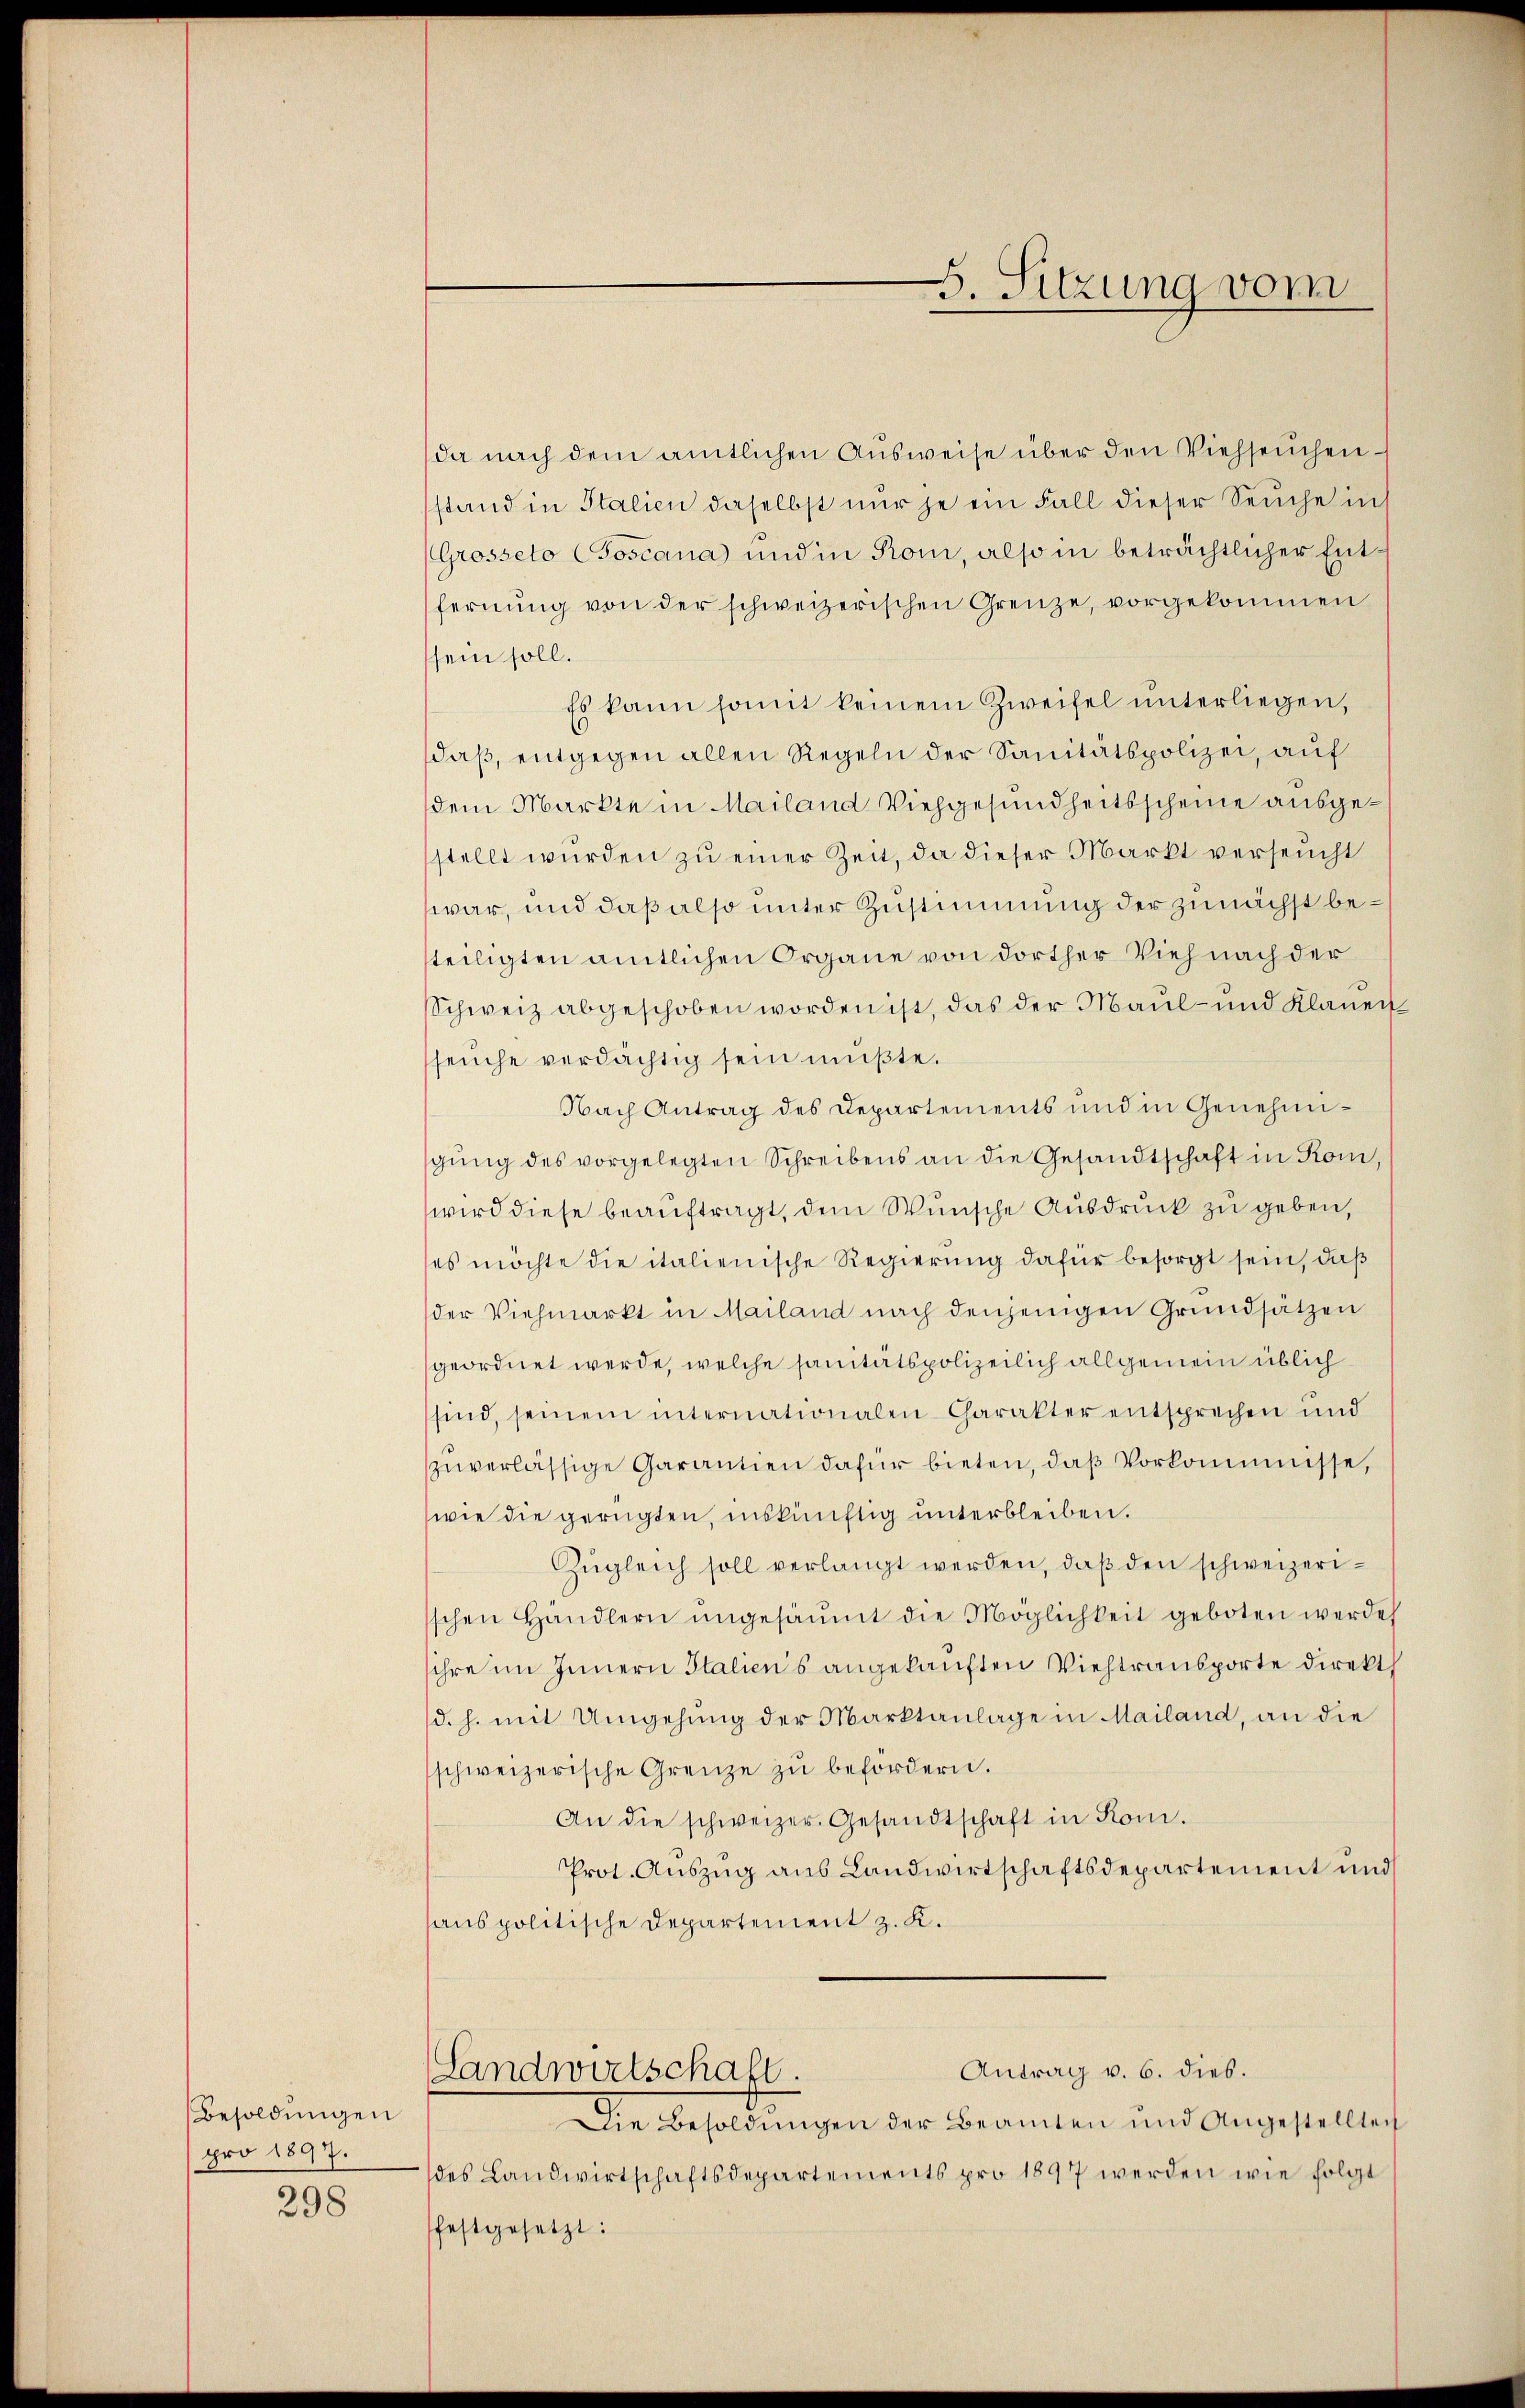
Besoldungen
pro 1897.
298

Landwirtschaft.

G. Sitzung vom

da nach dem amtlichen Ausweise über den Viehseuchen
stand in Italien daselbst nur je ein Fall dieser Seuche int
(Grosseto Csoscana und in Rom, also in beträchtlicher Entfernŭng von der schweizerischen Grenze, vorgekommen
sein soll.
Es kann somit keinem Zweifel unterliegen,
daß, entgegen allen Regeln der Sanitätspolizei, auf
dem Markte in Mailand Viehgesundheitsscheine ausgestellt wurden zu einer Zeit, da dieser Markt verseucht
war, und daß also unter Zustimmung der zunächst beteiligten amtlichen Organe von dorther Vieh nach der
Schweiz abgeschoben worden ist, das der Maul- und Klauen
seuche verdächtig sein müßte.
Nach Antrag des Departements und in Genehmigŭng des vorgelegten Schreibens an die Gesandtschaft in Rom,
wird diese beauftragt, dem Wunsche Ausdruck zu geben,
es möchte die italienische Regierung dafür besorgt sein, daß
der Viehmarkt in Mailand nach denjenigen Grundsätzen
geordnet werde, welche sanitätspolizeilich allgemein üblich
sind, seinem internationalen Charakter entsprechen und
zŭverlässige Garantien dafür bieten, daß Vorkommnisse,
wie die gerügten, inskünftig unterbleiben.
Zŭgleich soll verlangt werden, daß den schweizerisschen Händlern ŭngesäumt die Möglichkeit geboten werde
sihre im Innern Italiens angekauften Viehtransporte direkt
(d. h. mit Umgehung der Marktanlage in Mailand, an die
schweizerische Grenze zŭ befördern.
An die schweizer. Gesandtschaft in Rom.
Prot. Auszug aus Landwirtschaftsdepartement und
sanspolitische Departement z. K.

Antrag v. 6. dies.

Die Besoldŭngen der Beamten und Angestellten
des Landwirtschaftsdepartements pro 1897 werden wie folgt
festgesetzt: